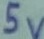
Text: 5v